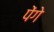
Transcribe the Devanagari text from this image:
पेंगे